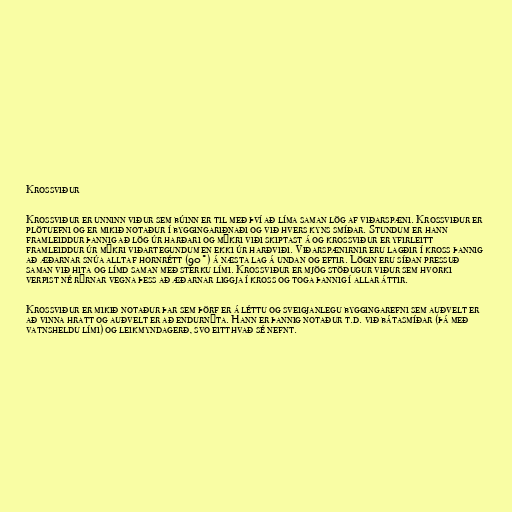
Krossviður

Krossviður er unninn viður sem búinn er til með því að líma saman lög af viðarspæni. Krossviður er
plötuefni og er mikið notaður í byggingariðnaði og við hvers kyns smíðar. Stundum er hann
framleiddur þannig að lög úr harðari og mýkri viði skiptast á og krossviður er yfirleitt
framleiddur úr mýkri viðartegundum en ekki úr harðviði. Viðarspænirnir eru lagðir í kross þannig
að æðarnar snúa alltaf hornrétt (90°) á næsta lag á undan og eftir. Lögin eru síðan pressuð
saman við hita og límd saman með sterku lími. Krossviður er mjög stöðugur viður sem hvorki
verpist né rýrnar vegna þess að æðarnar liggja í kross og toga þannig í allar áttir.

Krossviður er mikið notaður þar sem þörf er á léttu og sveigjanlegu byggingarefni sem auðvelt er
að vinna hratt og auðvelt er að endurnýta. Hann er þannig notaður t.d. við bátasmíðar (þá með
vatnsheldu lími) og leikmyndagerð, svo eitthvað sé nefnt.